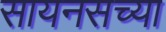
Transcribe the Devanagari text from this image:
सायनसच्या